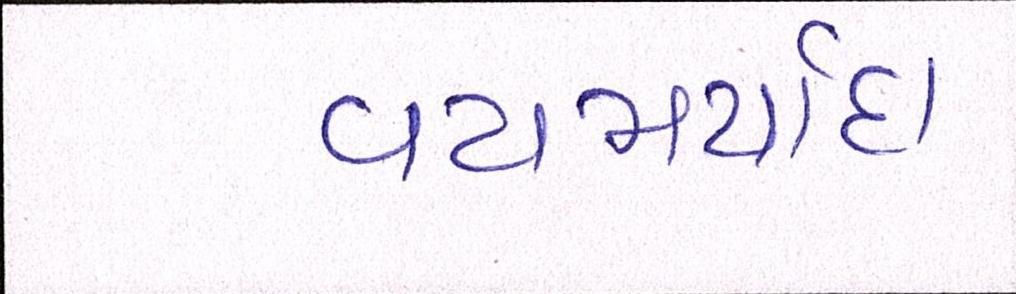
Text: વયમર્યાદા